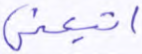
اتبعني